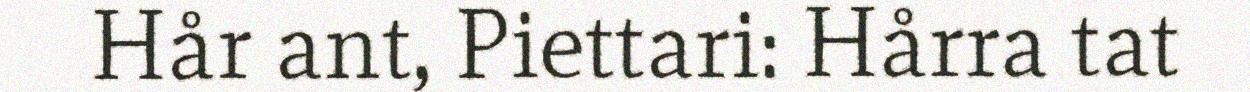
Hår ant, Piettari: Hårra tat